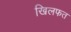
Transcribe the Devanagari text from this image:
खिलफत